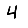
Digit: 4